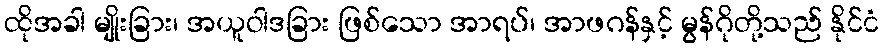
ထိုအခါ မျိုးခြား၊ အယူဝါဒခြား ဖြစ်သော အာရပ်၊ အာဖဂန်နှင့် မွန်ဂိုတို့သည် နိုင်ငံ